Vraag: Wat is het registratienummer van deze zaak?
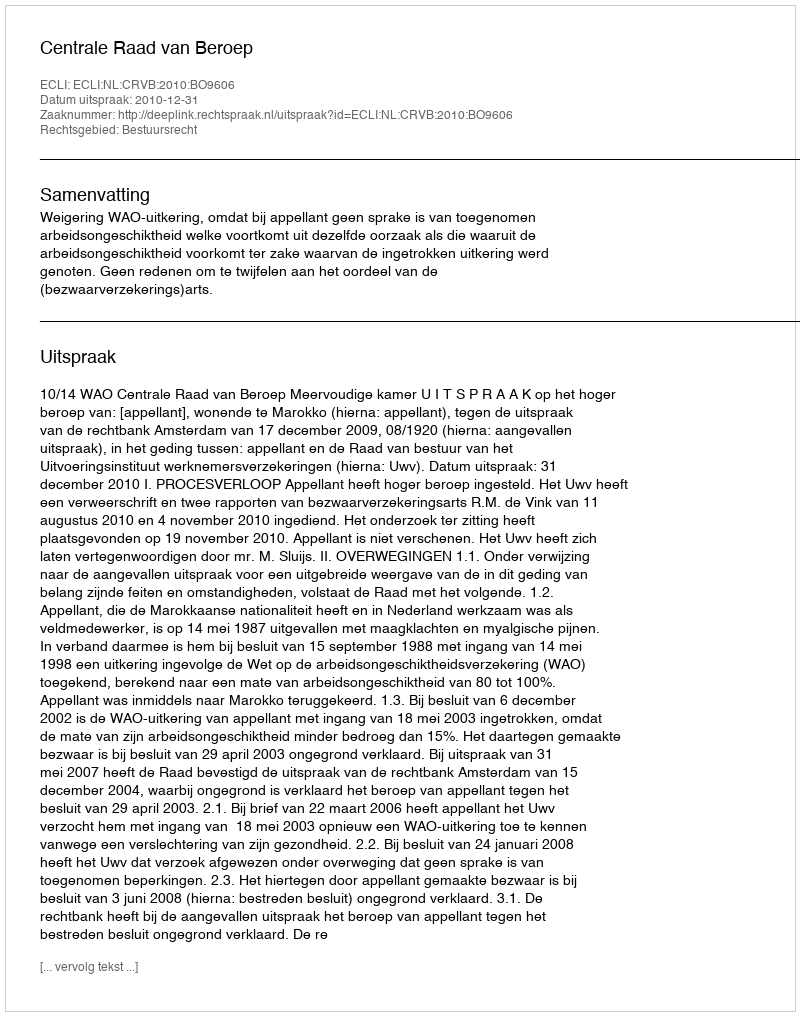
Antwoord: http://deeplink.rechtspraak.nl/uitspraak?id=ECLI:NL:CRVB:2010:BO9606